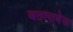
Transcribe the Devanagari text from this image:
बतलायेगा